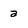
Character: a